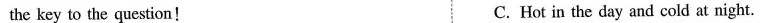
the key to the question! C. Hot in the day and cold at night.